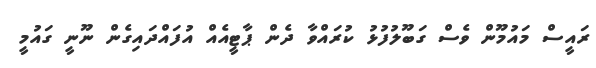
ރައީސް މައުމޫން ވެސް ގަބޫލުފުޅު ކުރައްވާ ދެން ޕާޓީއެއް އުފައްދައިގެން ނޫނީ ގައުމީ